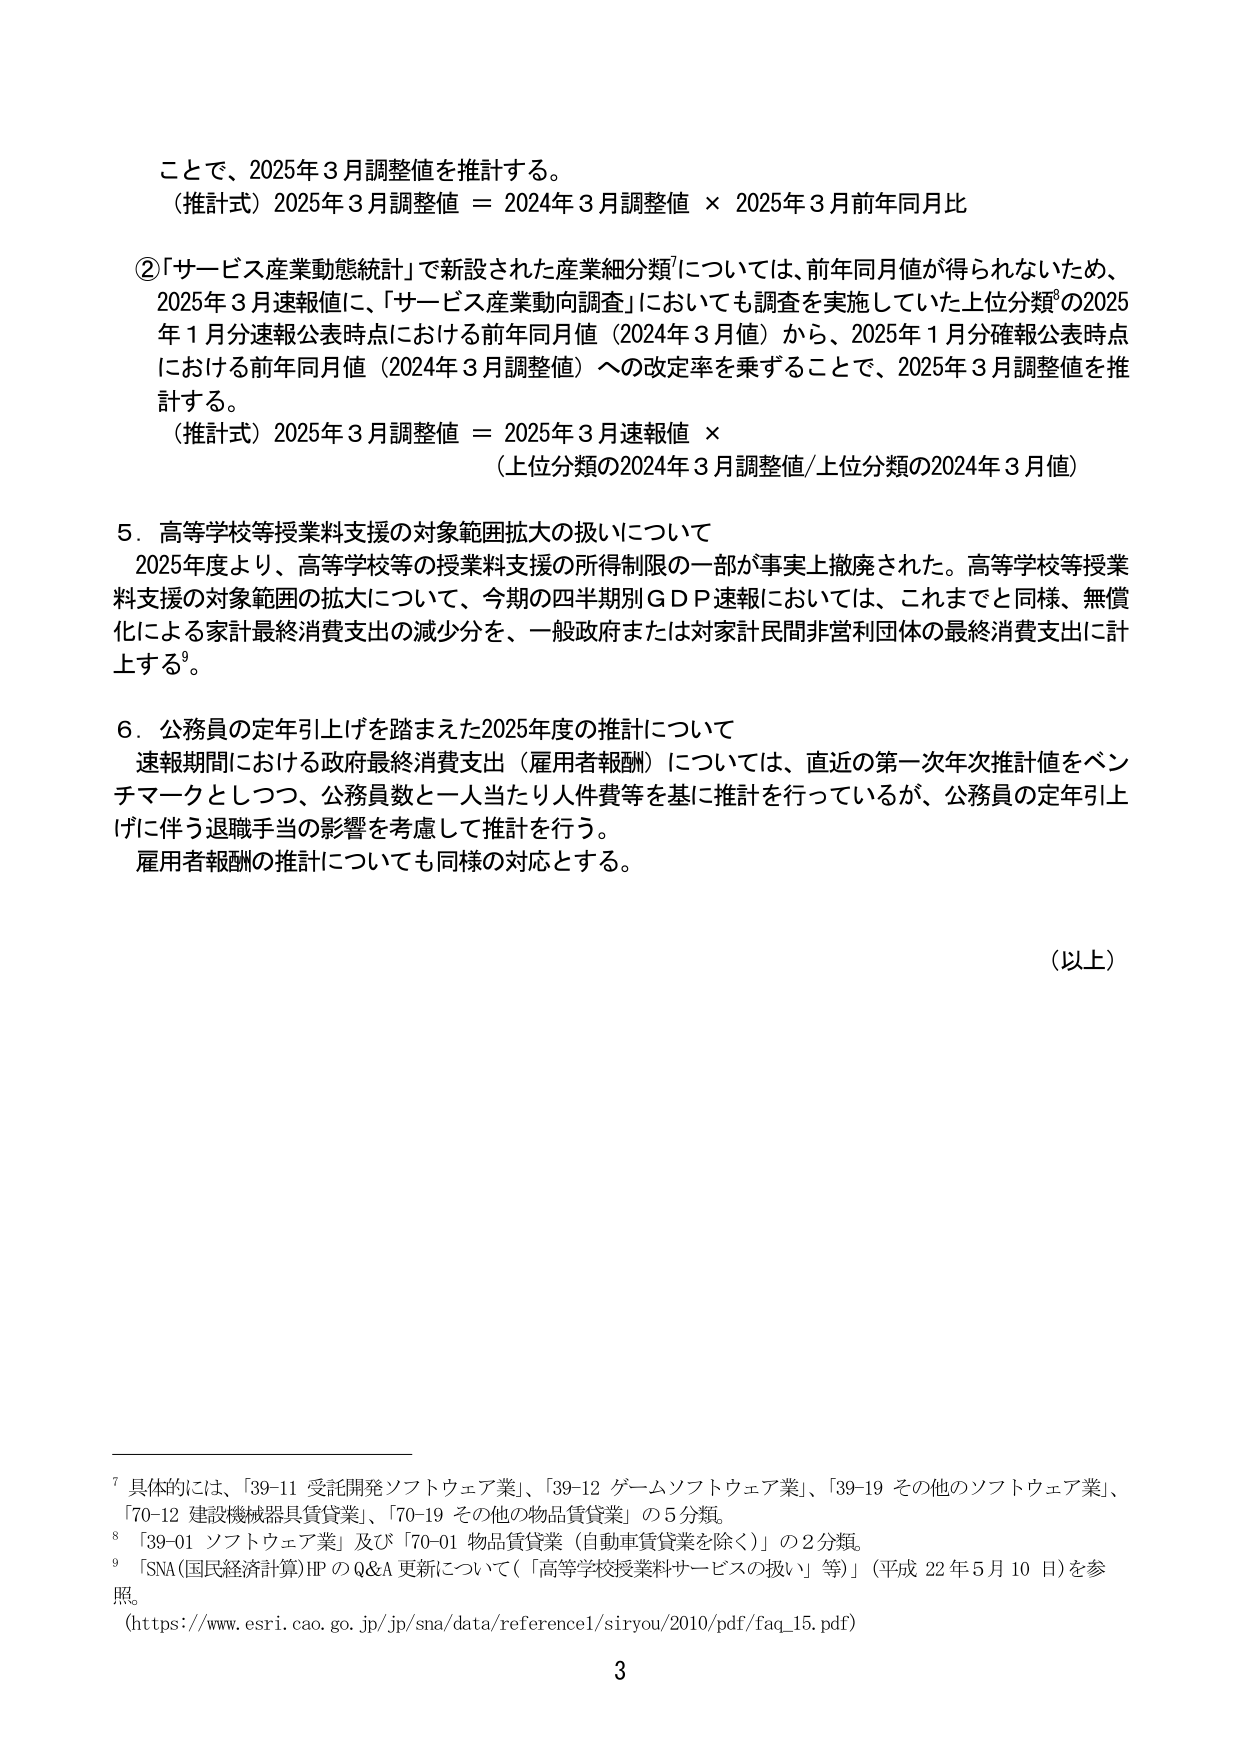
ことで、2025年3月調整値を推計する。
（推計式）2025年3月調整値 ＝ 2024年3月調整値 × 2025年3月前年同月比

②「サービス産業動態統計」で新設された産業細分類⁷については、前年同月値が得られないため、
2025年3月速報値には、「サービス産業動向調査」においても調査を実施していた上位分類⁸の2025
年1月分速報公表時点における前年同月値（2024年3月値）から、2025年1月分確報公表時点
における前年同月値（2024年3月調整値）への改定率を乗ずることで、2025年3月調整値を推
計する。
（推計式）2025年3月調整値 ＝ 2025年3月速報値 ×
（上位分類の2024年3月調整値/上位分類の2024年3月値）

5．高等学校等授業料支援の対象範囲拡大の扱いについて
　2025年度より、高等学校等の授業料支援の所得制限の一部が事実上撤廃された。高等学校等授業
料支援の対象範囲の拡大について、今期の四半期別ＧＤＰ速報においては、これまでと同様、無償
化による家計最終消費支出の減少分を、一般政府または対家計民間非営利団体の最終消費支出に計
上する⁹。

6．公務員の定年引上げを踏まえた2025年度の推計について
　速報期間における政府最終消費支出（雇用者報酬）については、直近の第一次年次推計値をベン
チマークとしつつ、公務員数と一人当たり人件費等を基に推計を行っているが、公務員の定年引上
げに伴う退職手当の影響を考慮して推計を行う。
　雇用者報酬の推計についても同様の対応とする。

（以上）

⁷ 具体的には、「39-11 受託開発ソフトウェア業」、「39-12 ゲームソフトウェア業」、「39-19 その他のソフトウェア業」、
「70-12 建設機械器具賃貸業」、「70-19 その他の物品賃貸業」の5分類。
⁸ 「39-01 ソフトウェア業」及び「70-01 物品賃貸業（自動車賃貸業を除く）」の2分類。
⁹ 「SNA(国民経済計算)HP のQ&A 更新について（「高等学校授業料サービスの扱い」等）」（平成22年5月10日）を参
照。
（https://www.esri.cao.go.jp/jp/sna/data/reference1/siryou/2010/pdf/faq_15.pdf）

3